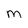
Character: m